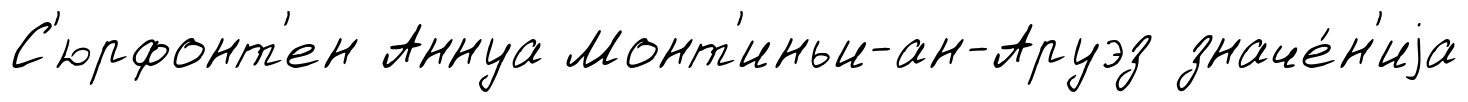
С'юрфонт'ен Аннуа Монт'иньи-ан-Аруэз значе́н'иjа